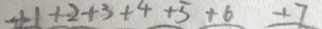
+ 1 + 2 + 3 + 4 + 5 + 6 + 7